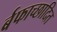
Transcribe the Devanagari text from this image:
र्बफाच्छादित